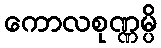
ကောလစုဏ္ဏမ္ပိ